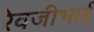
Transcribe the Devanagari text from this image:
रेवजीभाई